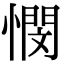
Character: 憫